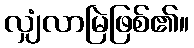
လျှံလာမြဲဖြစ်၏။